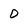
Character: O